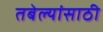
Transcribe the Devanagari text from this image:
तबेल्यांसाठी